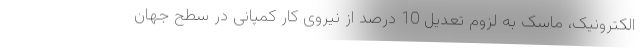
الکترونیک، ماسک به لزوم تعدیل 10 درصد از نیروی کار کمپانی در سطح جهان